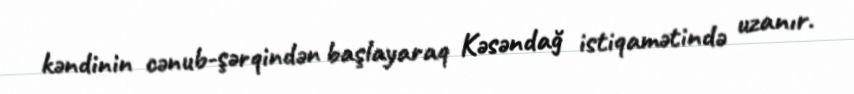
kəndinin cənub-şərqindən başlayaraq Kəsəndağ istiqamətində uzanır.